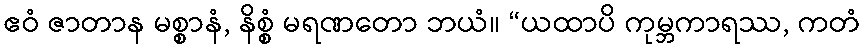
ဧဝံ ဇာတာန မစ္စာနံ, နိစ္စံ မရဏတော ဘယံ။ “ယထာပိ ကုမ္ဘကာရဿ, ကတံ